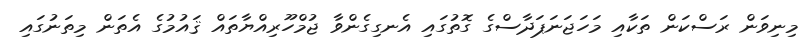
މިނިވަން ރަސްކަން ތަކާއި މަހަޖަނަޕަދާސްގެ ގޮތުގައި އެނގިގެންވާ ޖުމްހޫރިއްޔާތައް ޤައުމުގެ އެތަން މިތަނުގައި